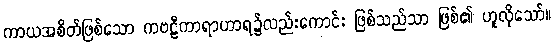
ကာယအစိတ်ဖြစ်သော ကဗဠီကာရာဟာရ၌လည်းကောင်း ဖြစ်သည်သာ ဖြစ်၏ ဟူလိုသော်။